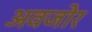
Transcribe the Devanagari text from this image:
अवजोर